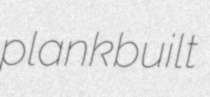
plankbuilt